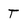
Character: T